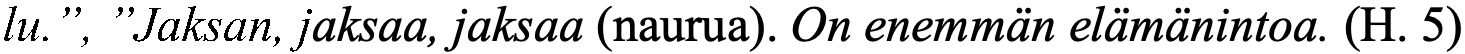
lu.”, ”Jaksan, jaksaa, jaksaa (naurua). On enemmän elämänintoa. (H. 5)